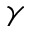
\gamma